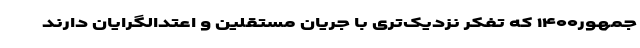
جمهور۱۴۰۰ که تفکر نزدیک‌تری با جریان مستقلین و اعتدالگرایان دارند